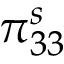
\pi _ { 3 3 } ^ { s }